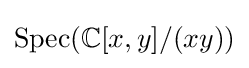
\operatorname {Spec} (\mathbb {C} [x,y]/(xy))